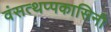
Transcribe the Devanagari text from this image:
वंसत्थप्पकासिनी